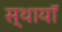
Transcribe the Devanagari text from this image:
स्थायॉ